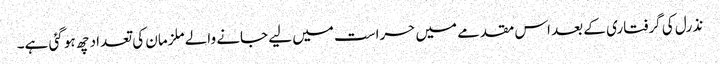
نذرل کی گرفتاری کے بعد اس مقدمے میں حراست میں لیے جانے والے ملزمان کی تعداد چھ ہو گئی ہے۔